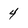
Character: 4